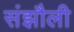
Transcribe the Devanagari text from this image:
संझौली